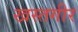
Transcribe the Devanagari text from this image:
खस्तगीर